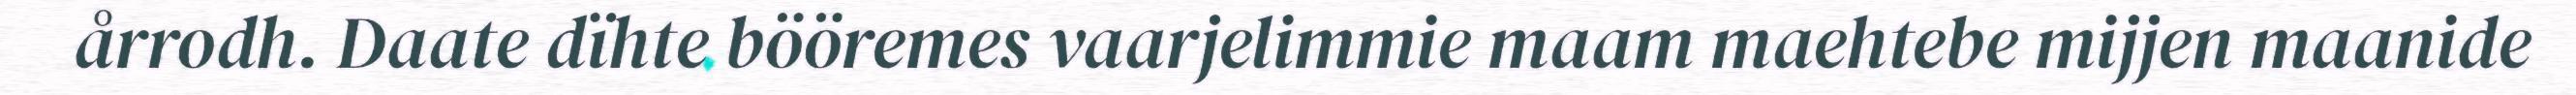
årrodh. Daate dïhte bööremes vaarjelimmie maam maehtebe mijjen maanide